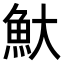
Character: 𬵃